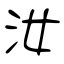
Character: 汝